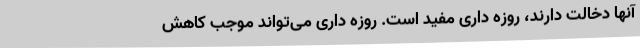
آنها دخالت دارند، روزه داری مفید است. روزه داری می‌تواند موجب کاهش